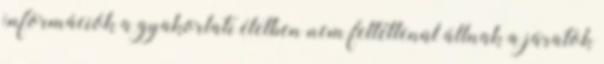
információk a gyakorlati életben nem feltétlenül állnak a járatok